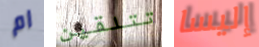
ام تتلقين إليسا